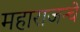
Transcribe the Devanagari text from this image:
महाराजन्चे